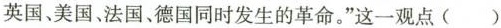
英国、美国、法国、德国同时发生的革命。”这一观点()